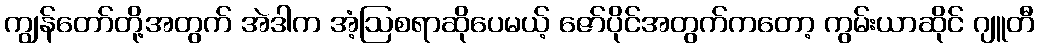
ကျွန်တော်တို့အတွက် အဲဒါက အံ့ဩစရာဆိုပေမယ့် ဇော်ပိုင်အတွက်ကတော့ ကွမ်းယာဆိုင် ဂျူတီ